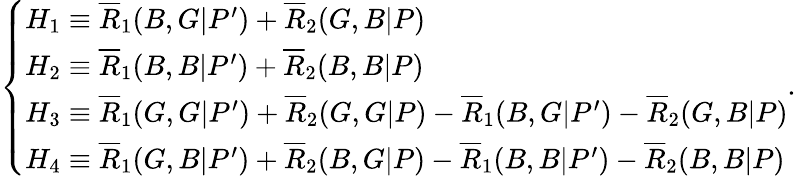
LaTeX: \left\{ \begin{array}{ll}{H_{1}\equiv\overline{{R}}_{1}(B,G|P^{\prime})+\overline{{R}}_{2}(G,B|P)}\\ {H_{2}\equiv\overline{{R}}_{1}(B,B|P^{\prime})+\overline{{R}}_{2}(B,B|P)}\\ {H_{3}\equiv\overline{{R}}_{1}(G,G|P^{\prime})+\overline{{R}}_{2}(G,G|P)-\overline{{R}}_{1}(B,G|P^{\prime})-\overline{{R}}_{2}(G,B|P)}\\ {H_{4}\equiv\overline{{R}}_{1}(G,B|P^{\prime})+\overline{{R}}_{2}(B,G|P)-\overline{{R}}_{1}(B,B|P^{\prime})-\overline{{R}}_{2}(B,B|P)}\end{array}\right..